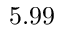
5 . 9 9